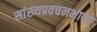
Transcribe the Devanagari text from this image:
सांख्यप्रवचनभाष्य